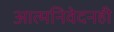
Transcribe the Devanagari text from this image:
आत्मनिवेदनही